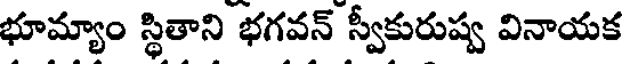
భూమ్యాం స్థితాని భగవన్ స్వీకురుష్వ వినాయక